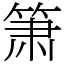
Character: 箫